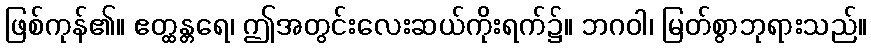
ဖြစ်ကုန်၏။ ဧတ္ထန္တရေ၊ ဤအတွင်းလေးဆယ်ကိုးရက်၌။ ဘဂဝါ၊ မြတ်စွာဘုရားသည်။